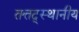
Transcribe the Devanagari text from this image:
तत्तद्स्थानीय